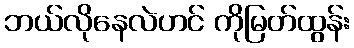
ဘယ်လိုနေလဲဟင် ကိုမြတ်ထွန်း